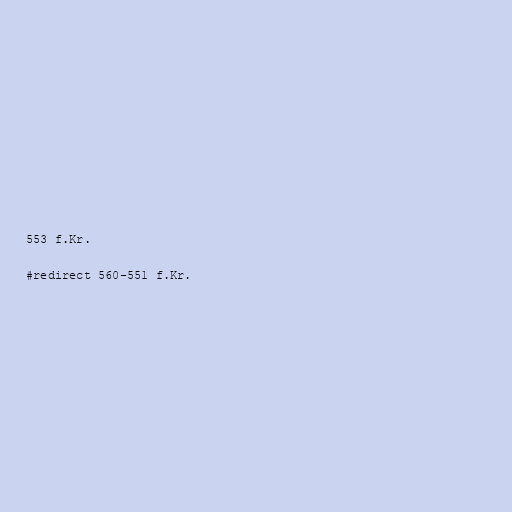
553 f.Kr.

#redirect 560–551 f.Kr.